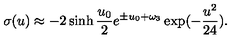
\sigma ( u ) \approx - 2 \sinh { \frac { u _ { 0 } } { 2 } } e ^ { \pm u _ { 0 } + \omega _ { 3 } } \exp ( - { \frac { u ^ { 2 } } { 2 4 } } ) .